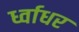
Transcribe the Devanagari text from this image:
र्ध्वाधर